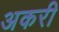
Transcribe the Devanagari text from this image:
अकरी